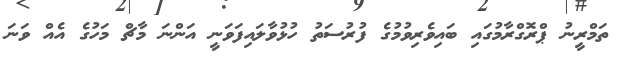
ތަމްރީނު ޕްރޮގްރާމުގައި ބައިވެރިވުމުގެ ފުރުސަތު ހުޅުވާލައިފަވަނީ އަންނަ މާޗް މަހުގެ އެއް ވަނަ